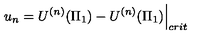
\left. u _ { n } = U ^ { ( n ) } ( \Pi _ { 1 } ) - U ^ { ( n ) } ( \Pi _ { 1 } ) \right| _ { c r i t }